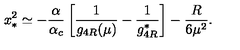
x _ { \ast } ^ { 2 } \simeq - { \frac { \alpha } { \alpha _ { c } } } \left[ { \frac { 1 } { g _ { 4 R } ( \mu ) } } - { \frac { 1 } { g _ { 4 R } ^ { \ast } } } \right] - { \frac { R } { 6 \mu ^ { 2 } } } .